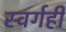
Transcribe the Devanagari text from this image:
स्वर्गही